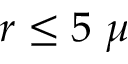
r \leq 5 ~ \mu